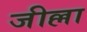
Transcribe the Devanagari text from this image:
जील्ला